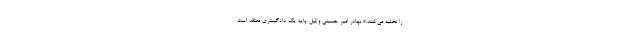
را تخلیه می‌کنند.» بهادر امیر حسینی وکیل پایه یک دادگستری معتقد است